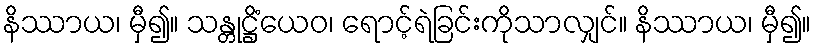
နိဿာယ၊ မှီ၍။ သန္တုဋ္ဌိံယေဝ၊ ရောင့်ရဲခြင်းကိုသာလျှင်။ နိဿာယ၊ မှီ၍။